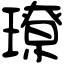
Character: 璙